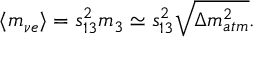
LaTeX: \langle m _ { \nu e } \rangle = s _ { 1 3 } ^ { 2 } m _ { 3 } \simeq s _ { 1 3 } ^ { 2 } \sqrt { \Delta m _ { a t m } ^ { 2 } } .